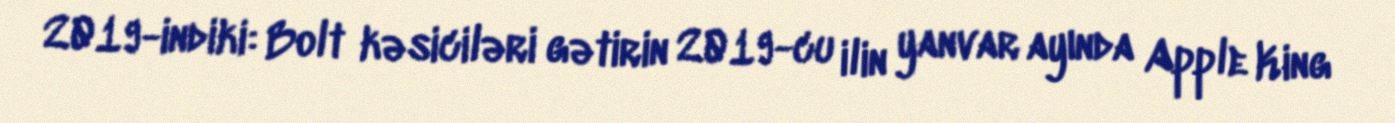
2019-indiki: Bolt kəsiciləri gətirin 2019-cu ilin yanvar ayında Apple King